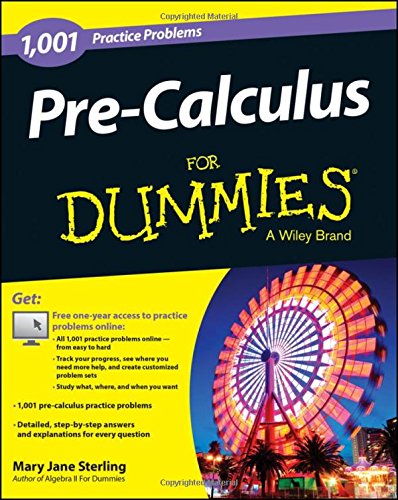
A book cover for Pre-Calculus: 1,001 Practice Problems For Dummies (+ Free Online Practice); Mary Jane Sterling; Science & Math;